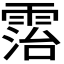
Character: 𩃦